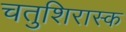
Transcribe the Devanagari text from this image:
चतुशिरास्क